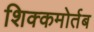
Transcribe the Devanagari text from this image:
शिक्कमोर्तब